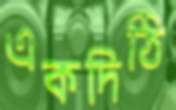
একদিঠি